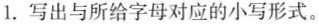
1.写出与所给字母对应的小写形式。